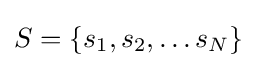
S=\{s_{1},s_{2},\ldots s_{N}\}